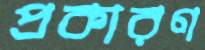
প্রকারণ